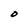
Character: O